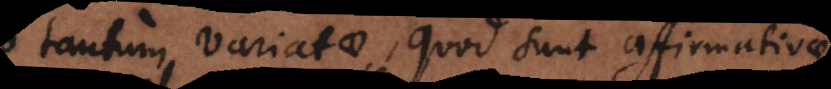
tantum variatae, quod sunt affirmativae